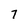
Character: 7